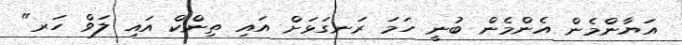
އަޔާންމެން އެންމެން ބުނީ ހަމަ ރަނގަޅަށް އައި ތިންކް އައި ލަވް ހަރ"